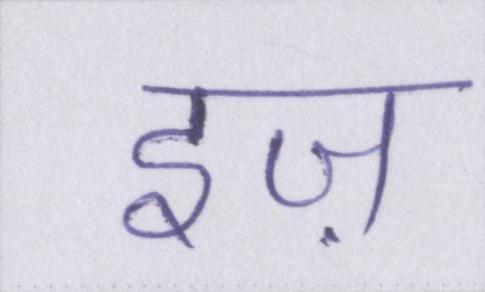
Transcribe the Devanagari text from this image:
इज़